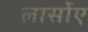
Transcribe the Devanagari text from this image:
लार्सोए